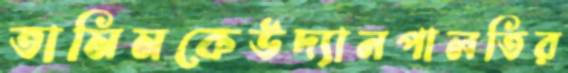
তামিমকেউদ্যানপালতির